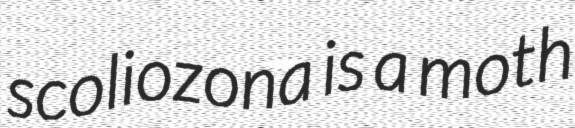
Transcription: scoliozona is a moth